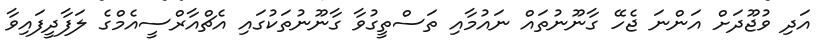
އަދި ވުޖޫދަށް އަންނަ ޖެހޭ ގާނޫނުތައް ނައުމާއި ތަސްތީގުވާ ގާނޫނުތަކުގައި އެޗްއާރްސީއެމްގެ ލަފާދީފައިވާ